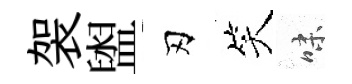
袈盥刃笑味